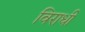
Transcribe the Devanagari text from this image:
विराधी